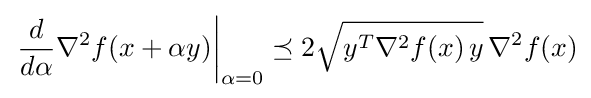
\left.{\frac {d}{d\alpha }}\nabla ^{2}f(x+\alpha y)\right|_{\alpha =0}\preceq 2{\sqrt {y^{T}\nabla ^{2}f(x)\,y}}\,\nabla ^{2}f(x)